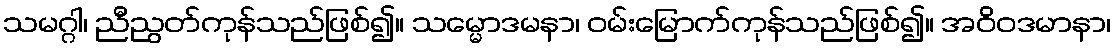
သမဂ္ဂါ၊ ညီညွတ်ကုန်သည်ဖြစ်၍။ သမ္မောဒမနာ၊ ဝမ်းမြောက်ကုန်သည်ဖြစ်၍။ အဝိဝဒမာနာ၊